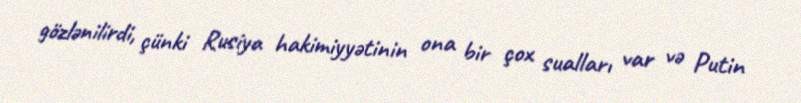
gözlənilirdi, çünki Rusiya hakimiyyətinin ona bir çox sualları var və Putin